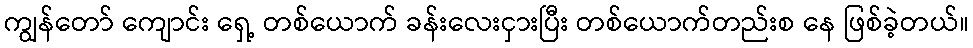
ကျွန်တော် ကျောင်း ရှေ့ တစ်ယောက် ခန်းလေးငှားပြီး တစ်ယောက်တည်းစ နေ ဖြစ်ခဲ့တယ်။